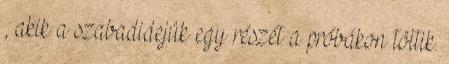
, akik a szabadidejük egy részét a próbákon töltik.